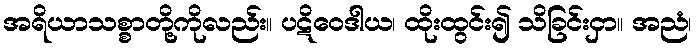
အရိယာသစ္စာတို့ကိုလည်း။ ပဋိဝေဒါယ၊ ထိုးထွင်း၍ သိခြင်းငှာ။ အညံ၊